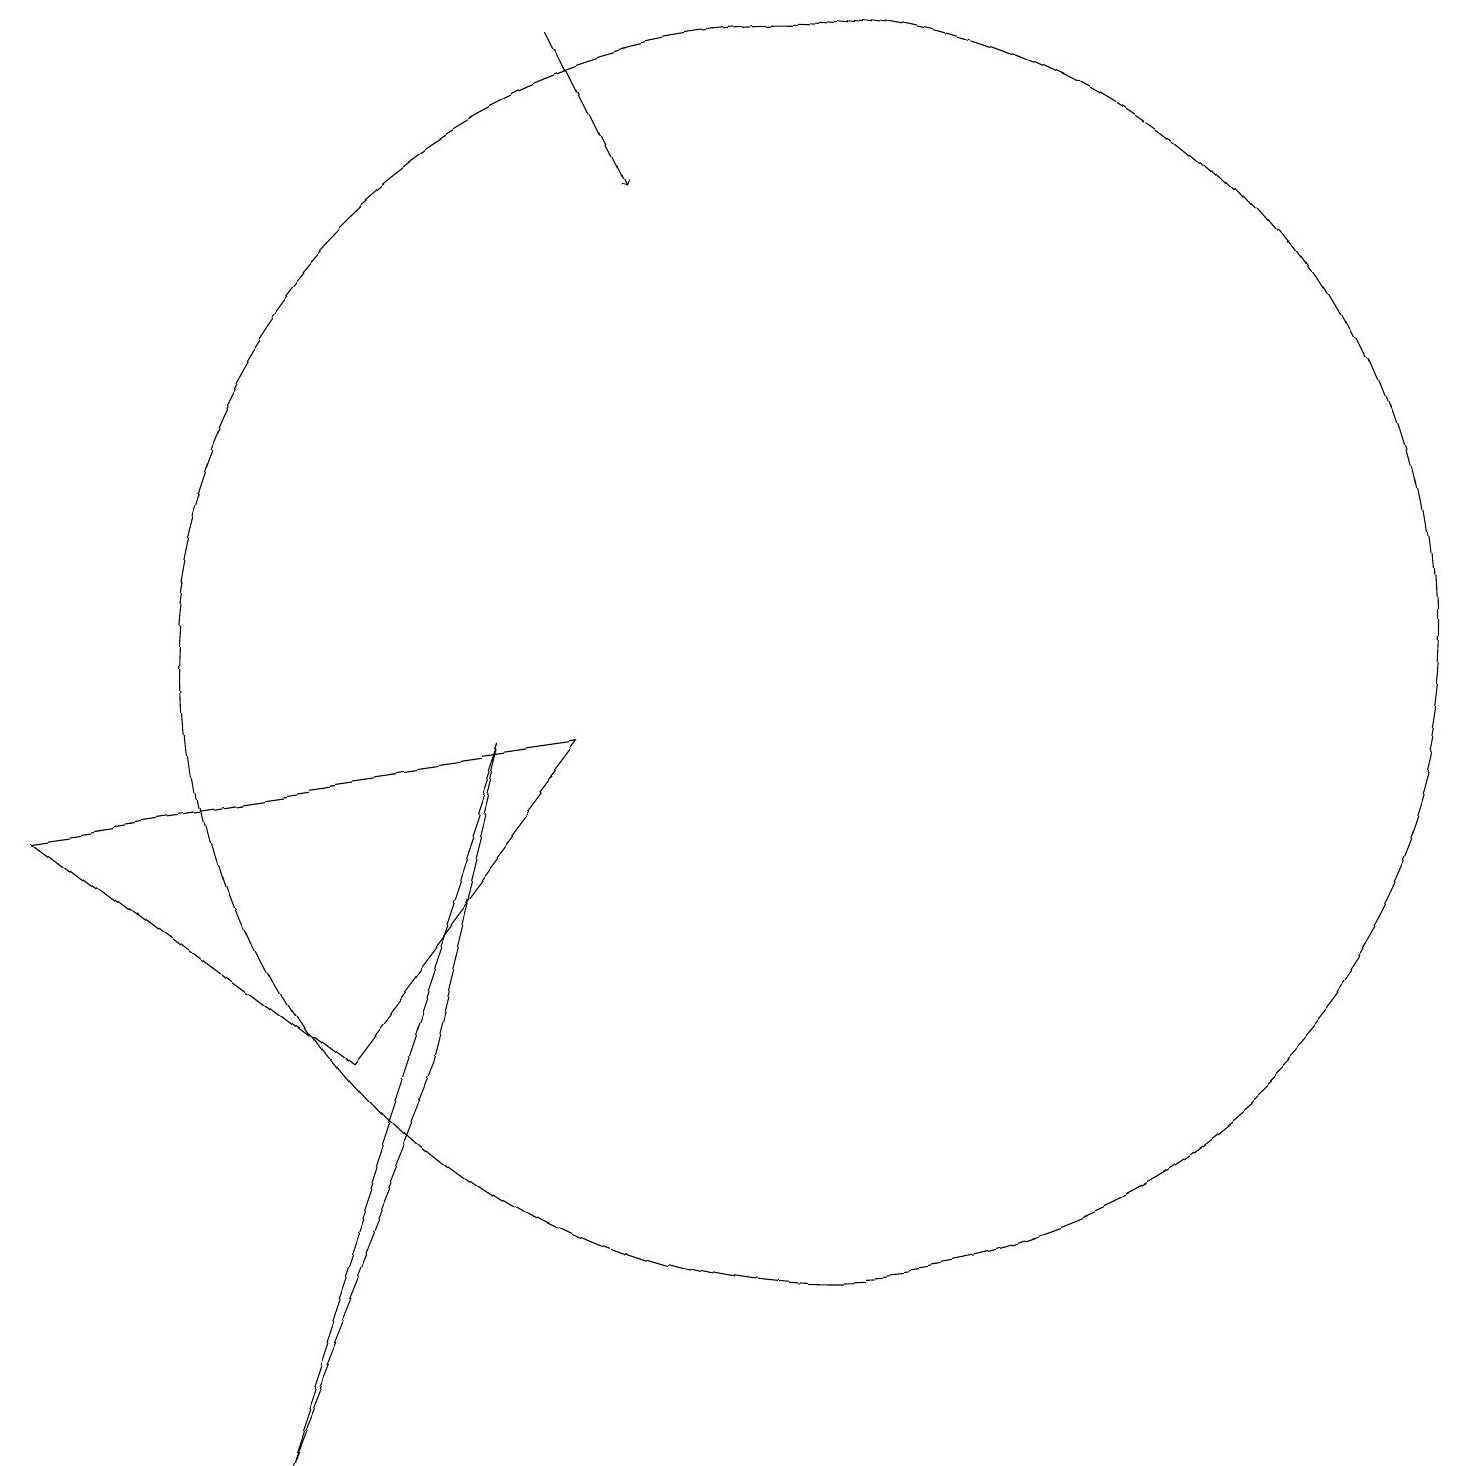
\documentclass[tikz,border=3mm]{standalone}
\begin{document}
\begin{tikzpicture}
\draw (8,9) -- (5,5) -- (1,8) -- cycle;
\draw (6,5) -- (4,0) -- (7,9) -- cycle;
\draw[->] (8,18) -- (9,16);
\draw (11,10) circle (8);
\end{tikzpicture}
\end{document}